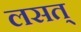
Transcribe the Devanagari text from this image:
लसत्